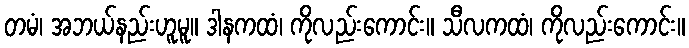
တမံ၊ အဘယ်နည်းဟူမူ။ ဒါနကထံ၊ ကိုလည်းကောင်း။ သီလကထံ၊ ကိုလည်းကောင်း။